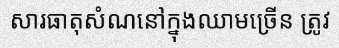
សារធាតុសំណនៅក្នុងឈាមច្រើន ត្រូវ